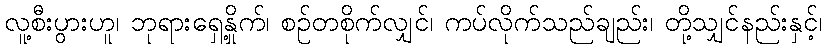
လူ့စီးပွားဟူ၊ ဘုရားရှေ့နှိုက်၊ စဉ်တစိုက်လျှင်၊ ကပ်လိုက်သည်ချည်း၊ တို့သျှင်နည်းနှင့်၊